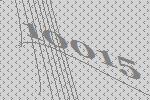
10015